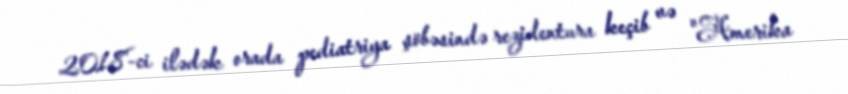
2018-ci ilədək orada pediatriya şöbəsində rezidentura keçib və "Amerika